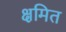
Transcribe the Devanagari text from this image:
क्षमित